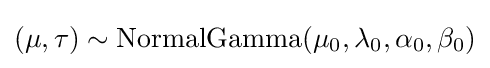
(\mu ,\tau )\sim {\text{NormalGamma}}(\mu _{0},\lambda _{0},\alpha _{0},\beta _{0})